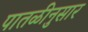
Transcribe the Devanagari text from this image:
पातळीनुसार